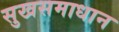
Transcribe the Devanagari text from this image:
सुखसमाधान